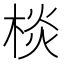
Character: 棪